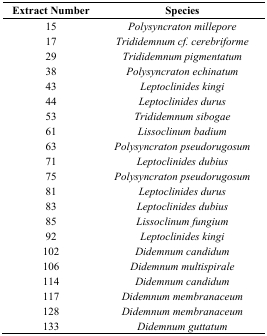
| Extract Number | Species |
 | --- | --- |
 | 15 | Polysyncraton millepore |
 | 17 | Trididemnum cf. cerebriforme |
 | 29 | Trididemnum pigmentatum |
 | 38 | Polysyncraton echinatum |
 | 43 | Leptoclinides kingi |
 | 44 | Leptoclinides durus |
 | 53 | Trididemnum sibogae |
 | 61 | Lissoclinum badium |
 | 63 | Polysyncraton pseudorugosum |
 | 71 | Leptoclinides dubius |
 | 75 | Polysyncraton pseudorugosum |
 | 81 | Leptoclinides durus |
 | 83 | Leptoclinides dubius |
 | 85 | Lissoclinum fungium |
 | 92 | Leptoclinides kingi |
 | 102 | Didemnum candidum |
 | 106 | Didemnum multispirale |
 | 114 | Didemnum candidum |
 | 117 | Didemnum membranaceum |
 | 128 | Didemnum membranaceum |
 | 133 | Didemnum guttatum |